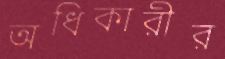
অধিকারীর